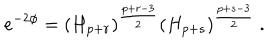
LaTeX: e ^ { - 2 \phi } = ( H _ { p + r } ) ^ { \frac { p + r - 3 } { 2 } } ( H _ { p + s } ) ^ { \frac { p + s - 3 } { 2 } } \ .